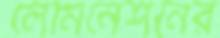
লেমিনেশনের